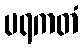
ပရကတံ